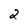
Character: 2